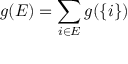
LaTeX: g ( E ) = \sum _ { i \in E } g ( \{ i \} )